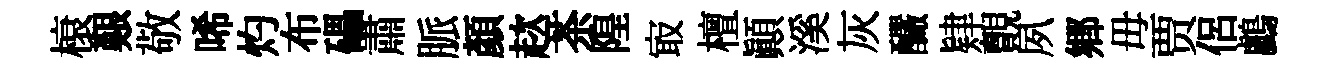
榱艱敬唏灼布礧肅脈顔趑茶隍㝡檀顚溪灰釅肄覿夙郷毋贾侶鸕